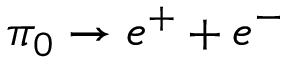
\pi _ { 0 } \rightarrow e ^ { + } + e ^ { - }